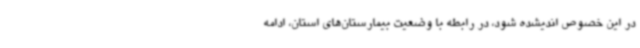
در این خصوص اندیشده شود، در رابطه با وضعیت بیمارستان‌های استان، ادامه